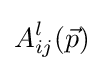
A_{ij}^{l}({\vec {p}})